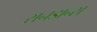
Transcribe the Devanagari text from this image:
सनडान्स